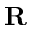
\mathbf { R }